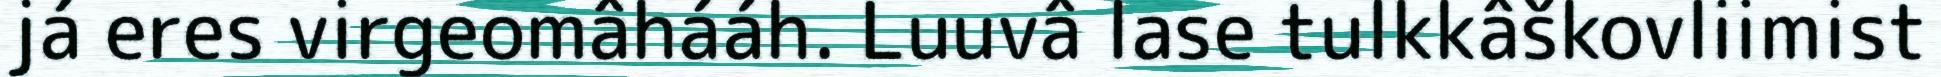
já eres virgeomâhááh. Luuvâ lase tulkkâškovliimist